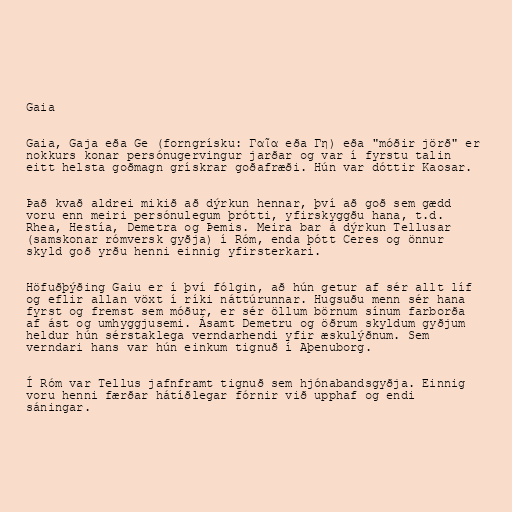
Gaia

Gaia, Gaja eða Ge (forngrísku: Γαῖα eða Γη) eða "móðir jörð" er
nokkurs konar persónugervingur jarðar og var í fyrstu talin
eitt helsta goðmagn grískrar goðafræði. Hún var dóttir Kaosar.

Það kvað aldrei mikið að dýrkun hennar, því að goð sem gædd
voru enn meiri persónulegum þrótti, yfirskyggðu hana, t.d.
Rhea, Hestía, Demetra og Þemis. Meira bar á dýrkun Tellusar
(samskonar rómversk gyðja) í Róm, enda þótt Ceres og önnur
skyld goð yrðu henni einnig yfirsterkari.

Höfuðþýðing Gaiu er í því fólgin, að hún getur af sér allt líf
og eflir allan vöxt í ríki náttúrunnar. Hugsuðu menn sér hana
fyrst og fremst sem móður, er sér öllum börnum sínum farborða
af ást og umhyggjusemi. Ásamt Demetru og öðrum skyldum gyðjum
heldur hún sérstaklega verndarhendi yfir æskulýðnum. Sem
verndari hans var hún einkum tignuð í Aþenuborg.

Í Róm var Tellus jafnframt tignuð sem hjónabandsgyðja. Einnig
voru henni færðar hátíðlegar fórnir við upphaf og endi
sáningar.